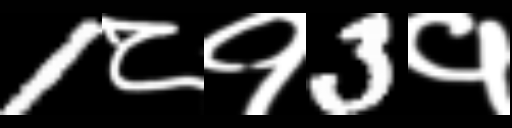
Text: 1८१3१